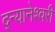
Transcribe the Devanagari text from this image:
द्न्यानेश्वरी